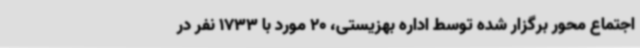
اجتماع محور برگزار شده توسط اداره بهزیستی، 20 مورد با 1733 نفر در